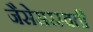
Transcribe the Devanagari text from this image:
जैसेसरस्वती